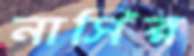
নাসির